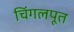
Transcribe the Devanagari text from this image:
चिंगलपूत